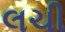
લચી